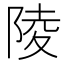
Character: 陵